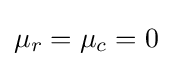
\displaystyle \mu _{r}=\mu _{c}=0